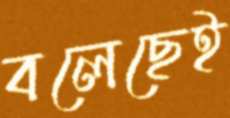
বলেছেই